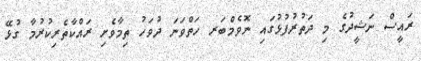
ރައީސް ނަޝީދުގެ މި ދަތުރުފުޅުގައި ނޮވެމްބަރ ހަތްވަނަ ދުވަހު ތިމާވެށި ރައްކާތެރިކުރުމާ ގުޅޭ